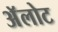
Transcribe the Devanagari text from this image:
अॅलोट